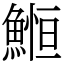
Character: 䱴